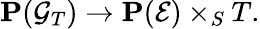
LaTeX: \mathbf{P}({\mathcal{G}}_{T})\to\mathbf{P}({\mathcal{E}})\times_{S}T.